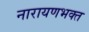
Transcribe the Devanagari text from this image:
नारायणभक्त